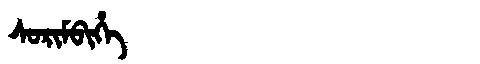
Manchu: ᠰᠣᡵᡳᠮᠪᡳᡥᡝ
Romanization: SORIMBIHE